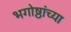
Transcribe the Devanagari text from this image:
भगोष्ठांच्या